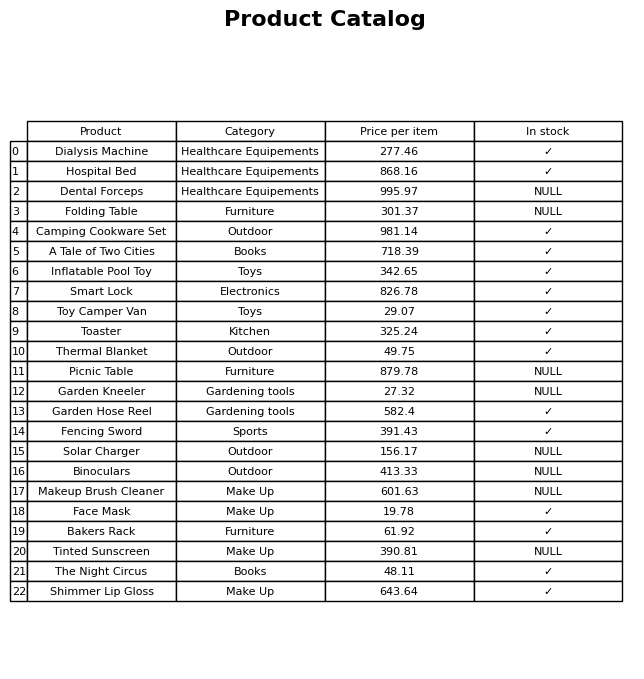
question: What is the stock status of the Makeup Brush Cleaner?
answer: NULL